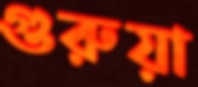
গুরুয়া